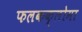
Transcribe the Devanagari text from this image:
फलकक्लोमा